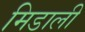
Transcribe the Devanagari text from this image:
मिडाली